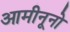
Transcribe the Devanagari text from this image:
आमीनूनो